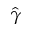
\hat { \gamma }